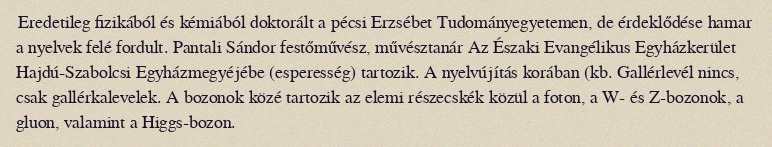
Eredetileg fizikából és kémiából doktorált a pécsi Erzsébet Tudományegyetemen, de érdeklődése hamar a nyelvek felé fordult. Pantali Sándor festőművész, művésztanár Az Északi Evangélikus Egyházkerület Hajdú-Szabolcsi Egyházmegyéjébe (esperesség) tartozik. A nyelvújítás korában (kb. Gallérlevél nincs, csak gallérkalevelek. A bozonok közé tartozik az elemi részecskék közül a foton, a W- és Z-bozonok, a gluon, valamint a Higgs-bozon.